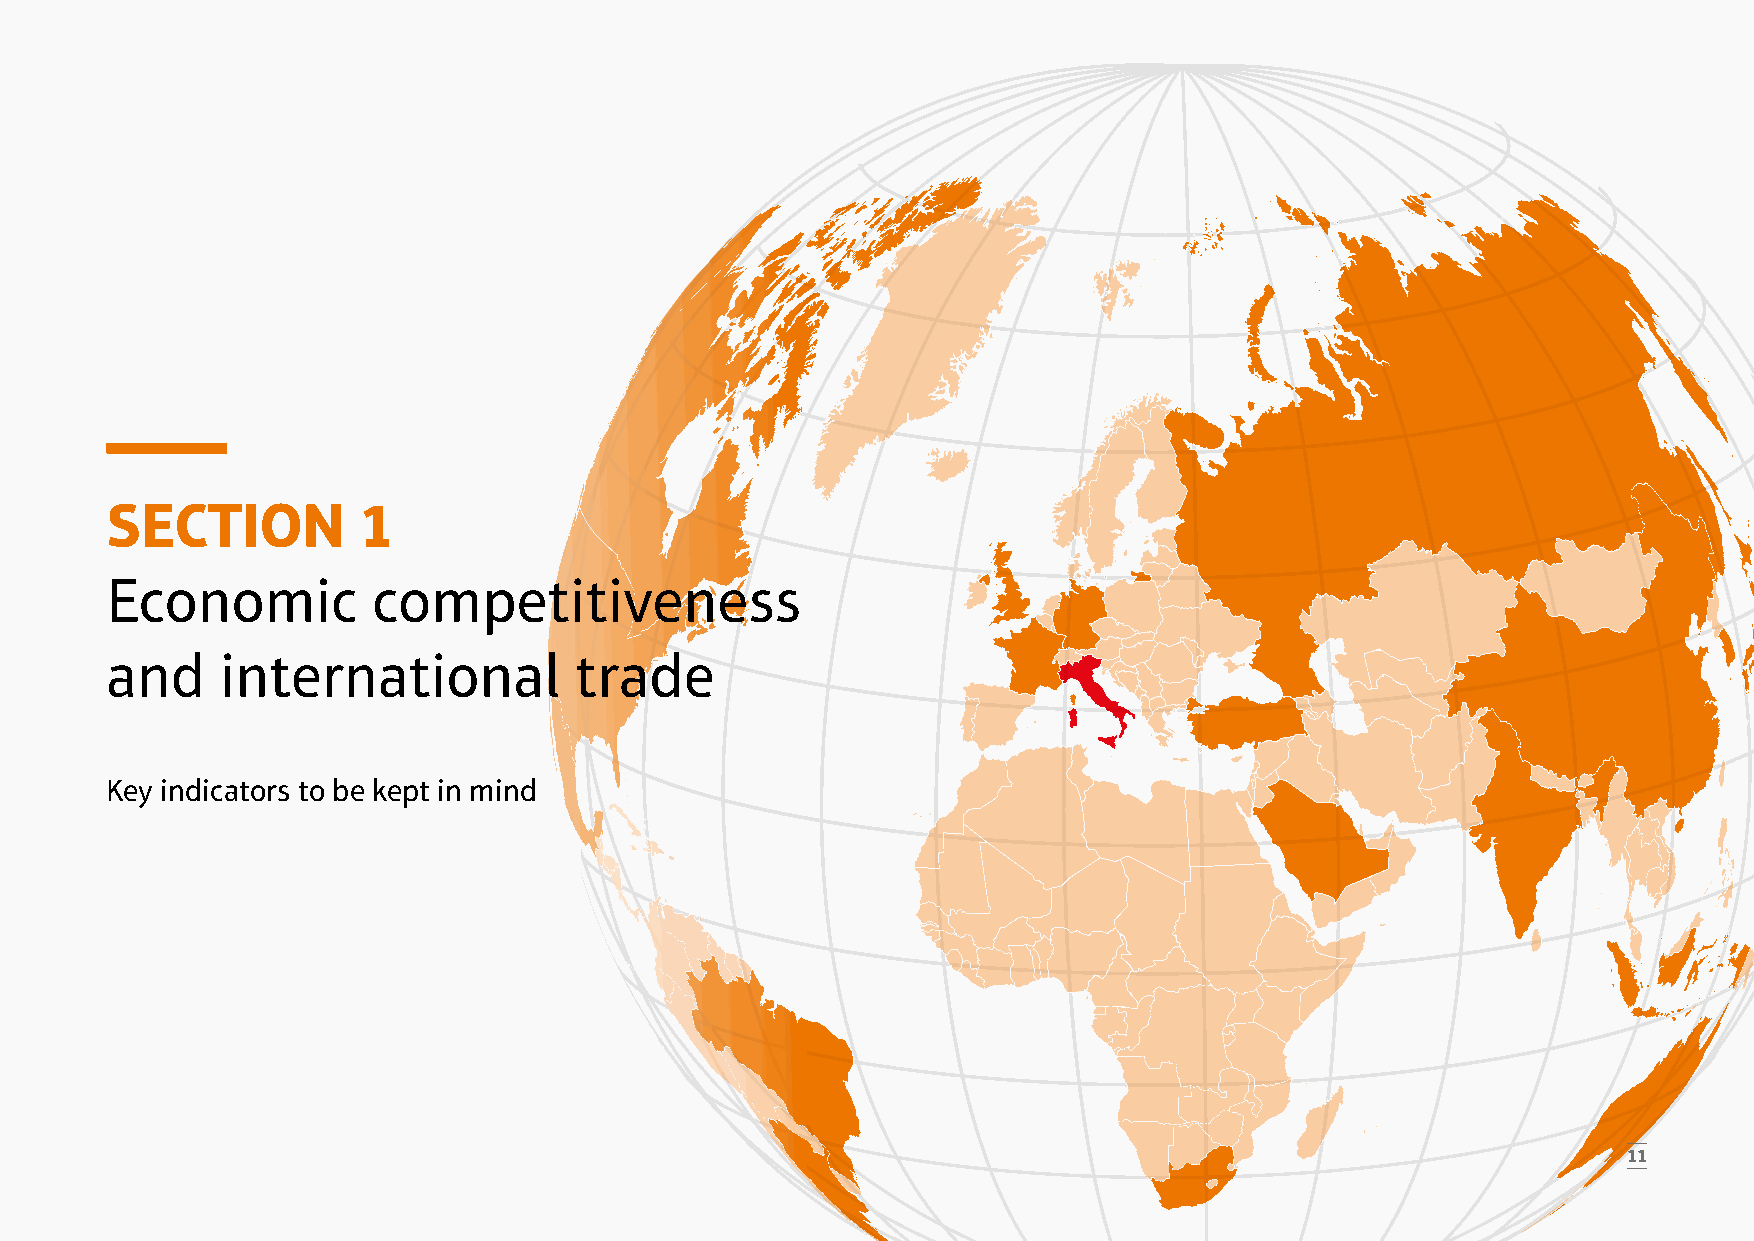
SECTION          1
 Economic          competitiveness
 and     international          trade
 Key indicators to be kept in mind
 11